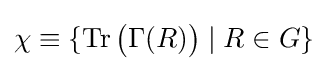
\chi \equiv \{\operatorname {Tr} {\big (}\Gamma (R){\big )}\;|\;R\in G\}